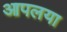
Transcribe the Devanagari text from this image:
आपलया